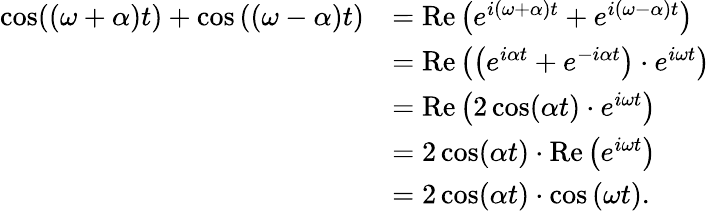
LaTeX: {\begin{array}{rl}{\cos((\omega+\alpha)t)+\cos\left((\omega-\alpha)t\right)}&{=\operatorname{Re}\left(e^{i(\omega+\alpha)t}+e^{i(\omega-\alpha)t}\right)}\\ &{=\operatorname{Re}\left(\left(e^{i\alpha t}+e^{-i\alpha t}\right)\cdot e^{i\omega t}\right)}\\ &{=\operatorname{Re}\left(2\cos(\alpha t)\cdot e^{i\omega t}\right)}\\ &{=2\cos(\alpha t)\cdot\operatorname{Re}\left(e^{i\omega t}\right)}\\ &{=2\cos(\alpha t)\cdot\cos\left(\omega t\right).}\end{array}}